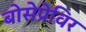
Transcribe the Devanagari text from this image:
बोसेप्रेविर